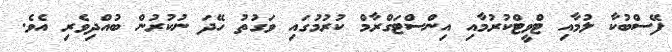
ފޭސްބުކާ ލުމާއި ޓްވީޓްކުރުމާއި އިންސްޓަގްރާމް ކުރުމުގައި ވަގުތު ހޭދަ ނުކުރުން ބުއްދިވެރި އެވެ.